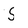
Character: S